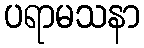
ပရာမသနာ